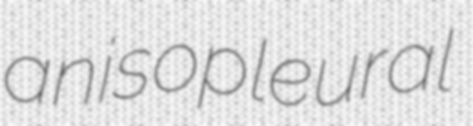
anisopleural